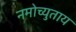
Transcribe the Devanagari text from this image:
नमोच्युताय